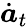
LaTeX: \dot{\boldsymbol{a}}_{t}